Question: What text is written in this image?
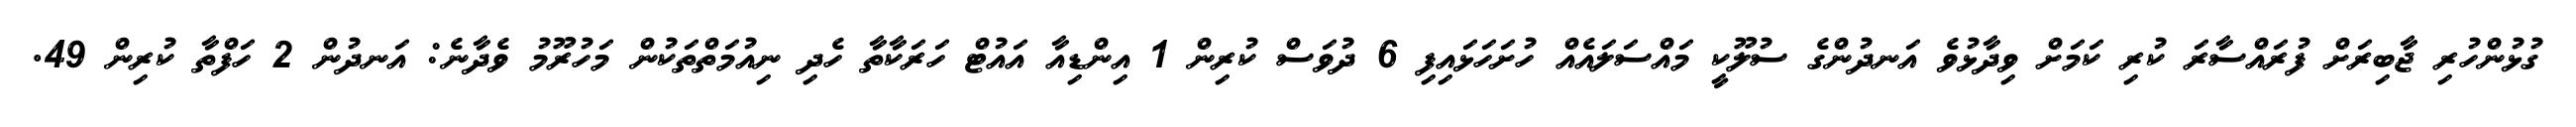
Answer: ގުޅުންހުރި ޖާބިރަށް ފުރައްސާރަ ކުރި ކަމަށް ވިދާޅުވެ އަނދުންގެ ސުލޫކީ މައްސަލައެއް ހުށަހަޅައިފި 6 ދުވަސް ކުރިން 1 އިންޑިއާ އައުޓް ހަރަކާތާ ހެދި ނިއުމަތްތަކުން މަހުރޫމު ވެދާނެ: އަނދުން 2 ހަފްތާ ކުރިން 49.